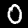
Digit: 0